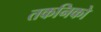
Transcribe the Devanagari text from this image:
तकनिको